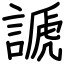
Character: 謕